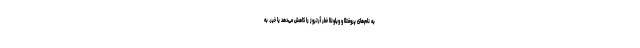
به نام‌های پروفتلا و ویلونلا خطر آرتروز را کاهش می‌دهد یا خیر. به